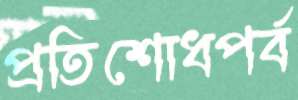
প্রতিশোধপর্ব